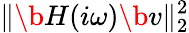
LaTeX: \| \b{H}(i\omega)\b{v}\| _{2}^{2}